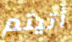
أتيتم